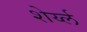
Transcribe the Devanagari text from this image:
शेर्य्ल